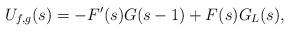
LaTeX: \begin{align*} U_{f,g}(s) = -F'(s)G(s-1) + F(s)G_{L}(s), \end{align*}